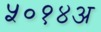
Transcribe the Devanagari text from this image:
५०१४अ